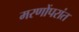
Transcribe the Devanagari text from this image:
मरणोंपरांत